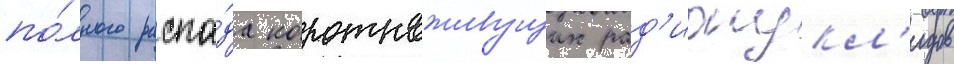
по́лного распа́да короткоживущих рад'ионукл'идов